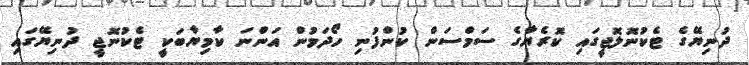
ދުނިޔޭގެ ޓެކުނޮލޮޖީގައި ކޮރެޔާގެ ސަމްސަން ކުންފުނި ހޯދަމުން އަންނަ ކާމިޔާބަކީ ޓެކުނޮޖީ ދުނިޔޭގައި